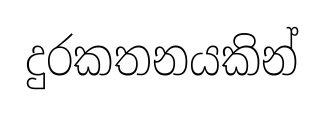
දුරකතනයකින්